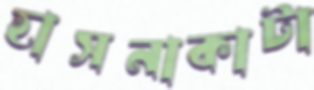
হাসনাকাটা